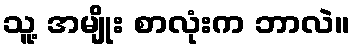
သူ့ အမျိုး စာလုံးက ဘာလဲ။